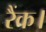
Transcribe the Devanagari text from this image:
रैंक।